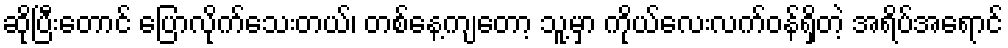
ဆိုပြီးတောင် ပြောလိုက်သေးတယ်၊ တစ်နေ့ကျတော့ သူ့မှာ ကိုယ်လေးလက်ဝန်ရှိတဲ့ အရိပ်အရောင်